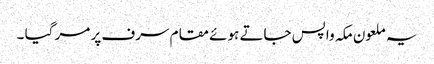
یہ ملعون مکہ واپس جاتے ہوئے مقام سرف پر مر گیا ۔